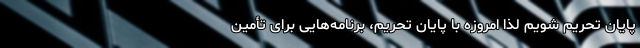
پایان تحریم شویم لذا امروزه با پایان تحریم، برنامه‌هایی برای تأمین